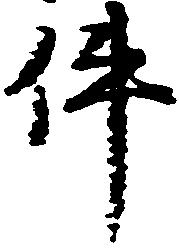
件